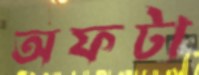
অফটা